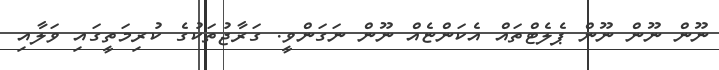
ނޫން ނޫން ނޫން ޕެލެޓްތައް އެކަންޏެއް ނޫން ނަގަންވީ. ގަރާޖުތަކުގެ ކުރިމަތީގައި ވަލާއި